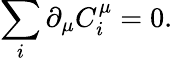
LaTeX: \sum_{i}\partial_{\mu}C_{i}^{\mu}=0.